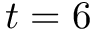
t = 6